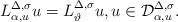
LaTeX: \begin{align*} L^{\Delta,\sigma}_{\alpha,u}u = L_{\vartheta}^{\Delta, \sigma}u, u\in\mathcal{D}^{\Delta,\sigma}_{\alpha,u}.\end{align*}